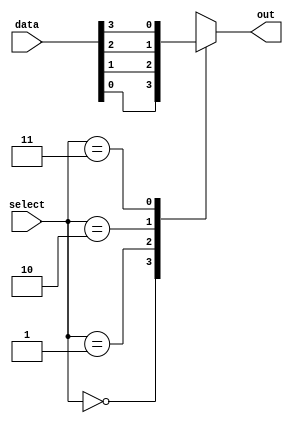
`timescale 1ns / 1ps
//////////////////////////////////////////////////////////////////////////////////
// Company: 
// Engineer: 
// 
// Design Name: 
// Module Name:    four_by_two_mux 
// Project Name: 
// Target Devices: 
// Tool versions: 
// Description: 
//
// Dependencies: 
//
// Revision: 
// Revision 0.01 - File Created
// Additional Comments: 
//
//////////////////////////////////////////////////////////////////////////////////
module four_by_two_mux(
    input [3:0] data,
    input [1:0] select,
    output reg out
    );
	 
	 always @(data or select)
	 begin
      case (select)
         2'b00 : out <= data[0];
         2'b01 : out <= data[1];
         2'b10 : out <= data[2];
         2'b11 : out <= data[3];
      endcase
	 end


endmodule